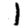
Digit: 1